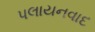
પલાયનવાદ